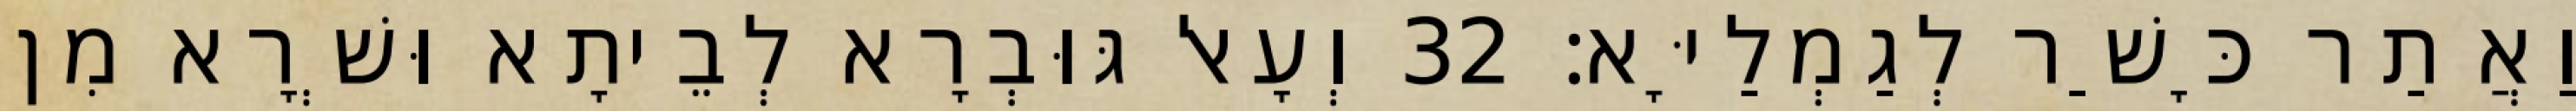
וַאֲתַר כָּשַׁר לְגַמְלַיָּא׃ 32 וְעָאל גּוּבְרָא לְבֵיתָא וּשְׁרָא מִן